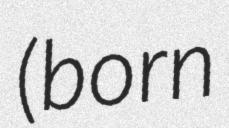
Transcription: (born